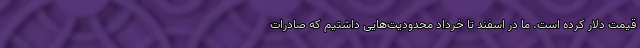
قیمت دلار کرده است. ما در اسفند تا خرداد محدودیت‌هایی داشتیم که صادرات